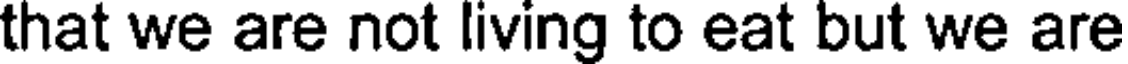
that we are not living to eat but we are